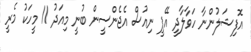
އޮފިޝަލުންނާ ހަވާލާދީ އޭޕީ ނިއުސް އެޖެންސީން ބުނީ މިއަދު 11 މީހަކު މެރީ